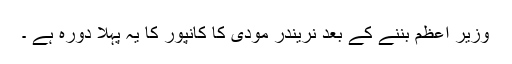
وزیر اعظم بننے کے بعد نریندر مودی کا کانپور کا یہ پہلا دورہ ہے ۔